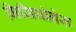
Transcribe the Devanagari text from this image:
मिसियोनेस